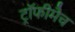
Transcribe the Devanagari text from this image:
ट्रॉफीमैच